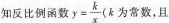
知反比例涵数$$y= \frac{k}{x}$$ （k为常数，且